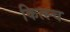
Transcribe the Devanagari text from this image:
कित्स्च